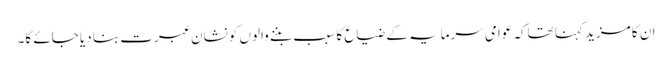
ان کا مزید کہنا تھاکہ عوامی سرمایہ کے ضیاع کا سبب بننے والوں کونشان عبرت بنا دیا جائے گا۔